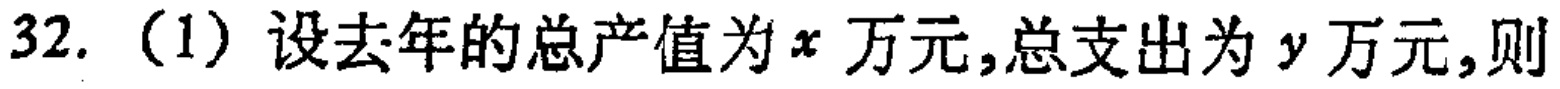
32.（1）设去年的总产值为\(x\)万元,总支出为\(y\)万元,则